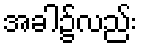
အခါ၌လည်း